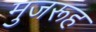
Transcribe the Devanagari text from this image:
मुजरूह